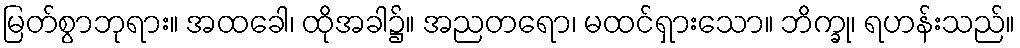
မြတ်စွာဘုရား။ အထခေါ၊ ထိုအခါ၌။ အညတရော၊ မထင်ရှားသော။ ဘိက္ခု၊ ရဟန်းသည်။